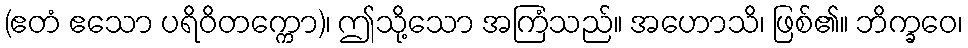
(ဧတံ ဧသော ပရိဝိတက္ကော)၊ ဤသို့သော အကြံသည်။ အဟောသိ၊ ဖြစ်၏။ ဘိက္ခဝေ၊